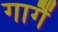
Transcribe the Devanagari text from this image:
गागैं